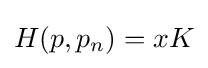
H(p,p_{n})=xK